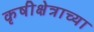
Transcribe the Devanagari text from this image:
कृषीक्षेत्राच्या